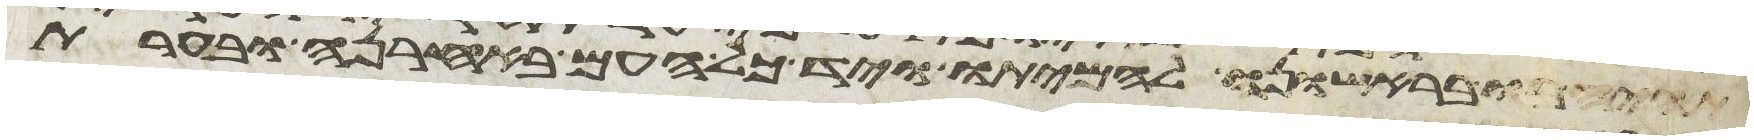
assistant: תהיה בו בראישונה להמיתו ויד כל העם באחרנה ובערת